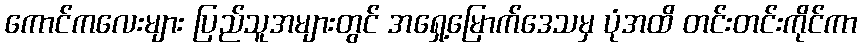
ကောင်ကလေးများ ပြည်သူအများတွင် အရှေ့မြောက်ဒေသမှ ပုံအထိ တင်းတင်းကိုင်ကာ